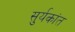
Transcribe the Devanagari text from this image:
सुर्यकांत